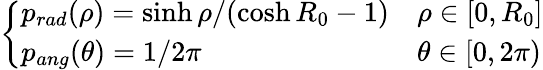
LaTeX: \left\{ \begin{array}{ll}{p_{rad}(\rho)=\sinh\rho/(\cosh R_{0}-1)}&{\rho\in[0,R_{0}]}\\ {p_{ang}(\theta)=1/2\pi}&{\theta\in[0,2\pi)}\end{array}\right.